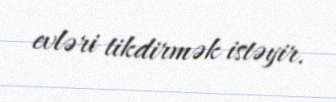
evləri tikdirmək istəyir.